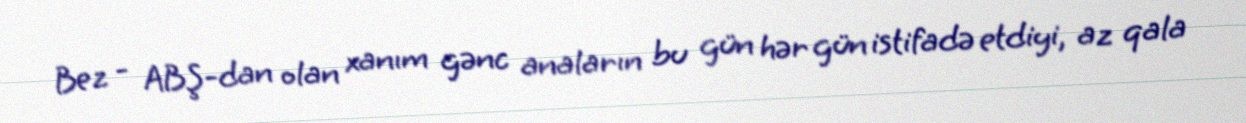
Bez - ABŞ-dan olan xanım gənc anaların bu gün hər gün istifadə etdiyi, az qala